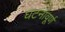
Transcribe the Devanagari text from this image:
घटनावूर्ण